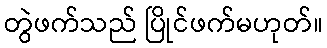
တွဲဖက်သည် ပြိုင်ဖက်မဟုတ်။